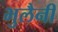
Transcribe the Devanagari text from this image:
भुलैनी